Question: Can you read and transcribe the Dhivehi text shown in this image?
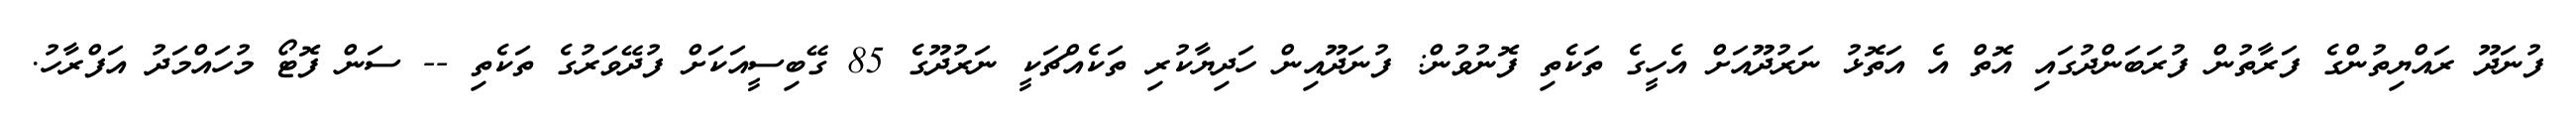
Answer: ފުނަދޫ ރައްޔިތުންގެ ފަރާތުން ފުރަބަންދުގައި އޮތް އެ އަތޮޅު ނަރުދޫއަށް އެހީގެ ތަކެތި ފޮނުވުން: ފުނަދޫއިން ހަދިޔާކުރި ތަކެއްޗަކީ ނަރުދޫގެ 85 ގޭބިސީއަކަށް ފުދޭވަރުގެ ތަކެތި -- ސަން ފޮޓޯ މުހައްމަދު އަފްރާހު.